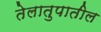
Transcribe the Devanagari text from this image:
तेलातुपातील